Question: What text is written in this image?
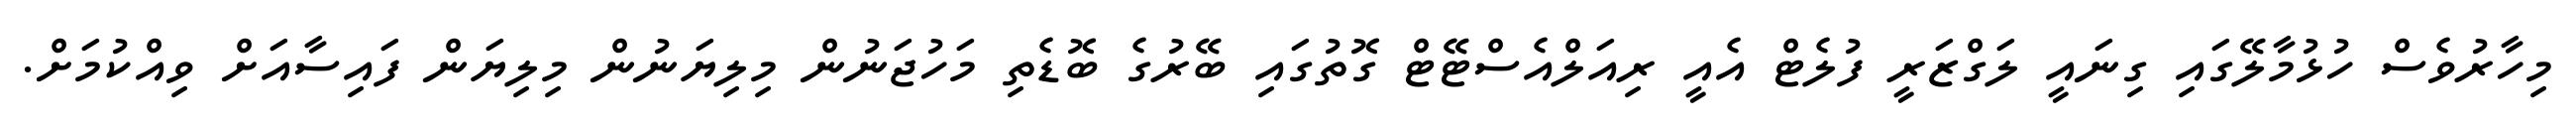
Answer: މިހާރުވެސް ހުޅުމާލޭގައި ގިނައީ ލަގްޒަރީ ފުލެޓް އެއީ ރިއަލްއެސްޓޭޓް ގޮތުގައި ބޭރުގެ ބޮޑެތި މަހުޖަނުން މިލިޔަނުން މިލިޔަން ފައިސާއަށް ވިއްކުމަށް.